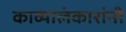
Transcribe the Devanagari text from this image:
काव्यालंकारांनी